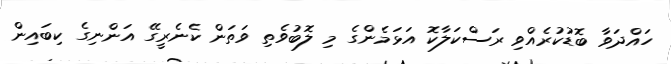
ހައްދަވާ ބޮޑުކުރެއްވި ރަސްކަލާކޮ އަޅަމެންގެ މި ލޮބުވެތި ވަތަން ކެނެރީގޭ އަންނިގެ ކިބައިން